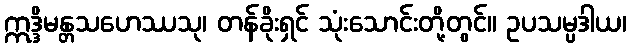
ဣဒ္ဒိမန္တသဟေဿသု၊ တန်ခိုးရှင် သုံးသောင်းတို့တွင်။ ဥပသမ္ပဒါယ၊